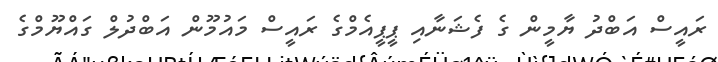
ރައީސް އަބްދު ޔާމީން ގެ ފެޝަނާއި ޕީޕީއެމްގެ ރައީސް މައުމޫން އަބްދުލް ގައްޔޫމްގެ